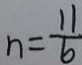
n = \frac { 1 1 } { 6 }